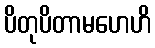
ပိတုပိတာမဟေဟိ